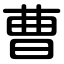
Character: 曹